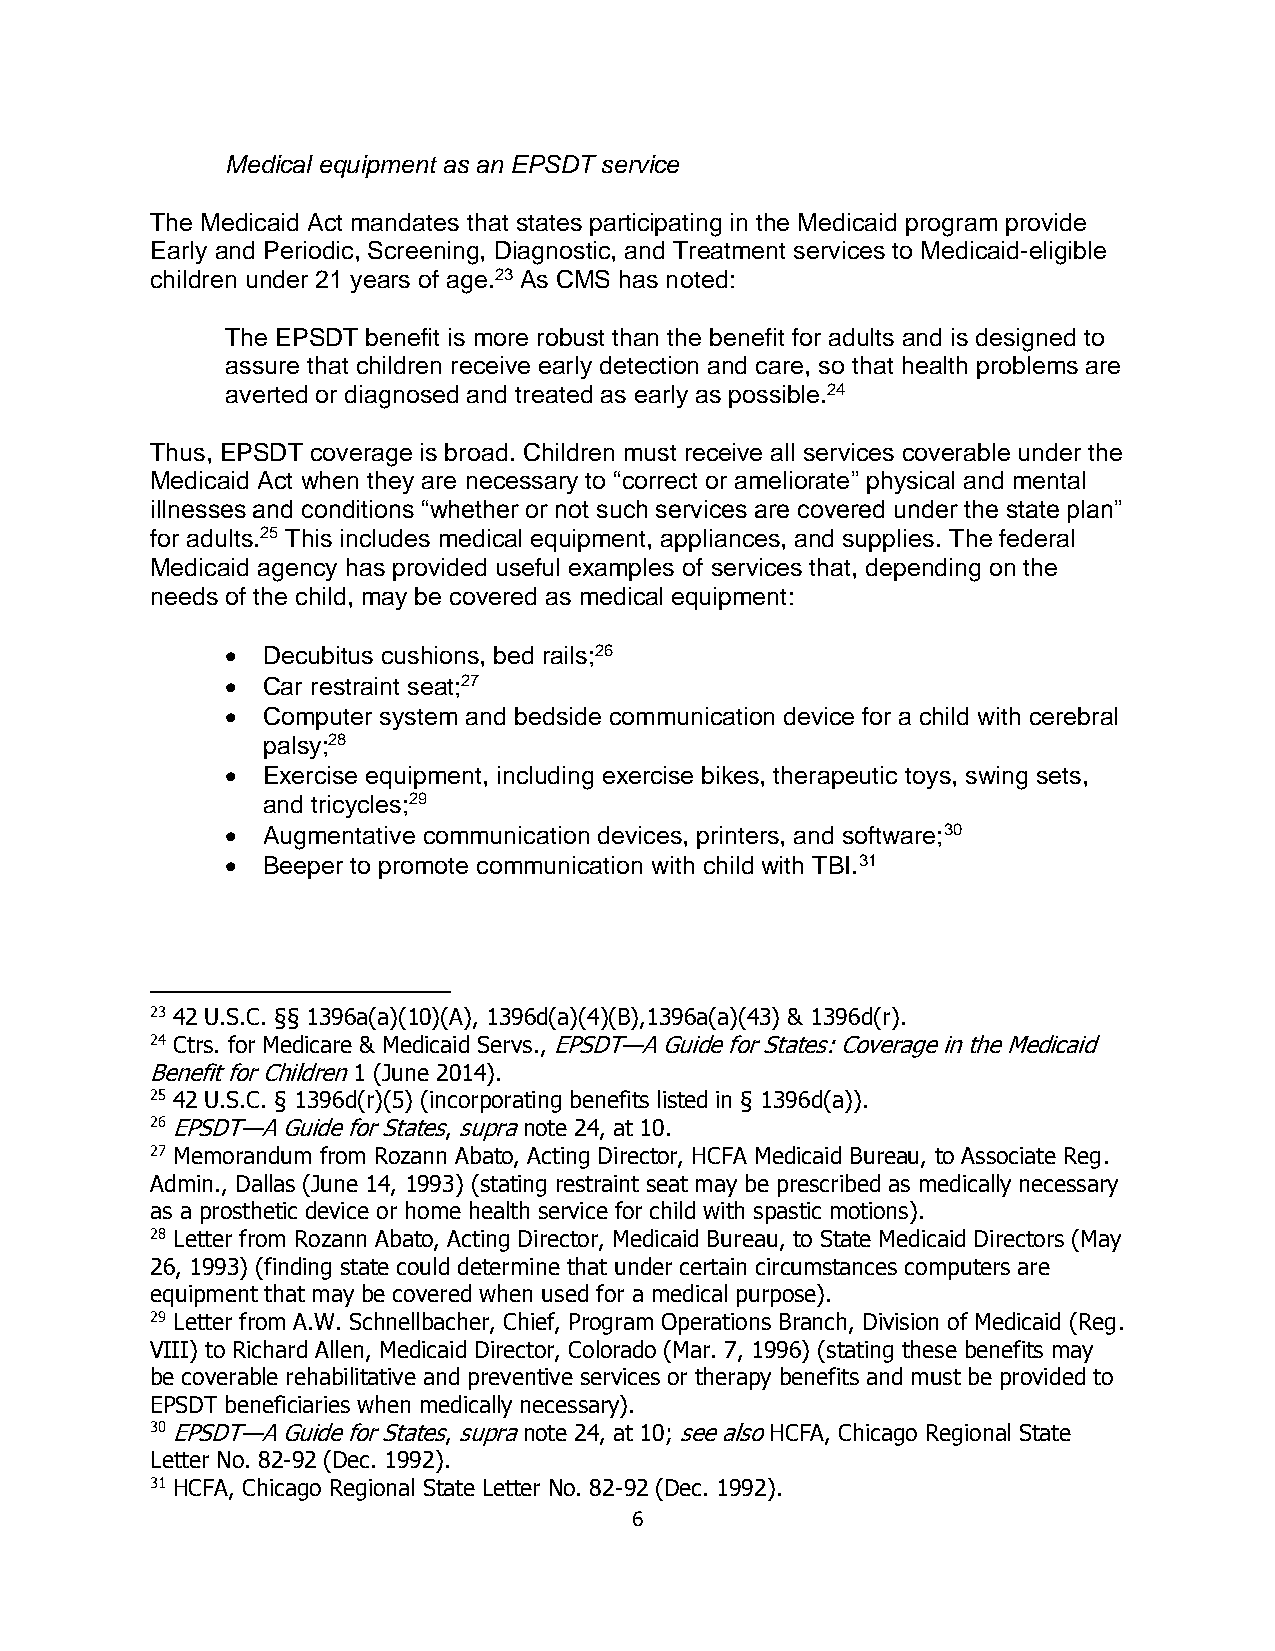
Medical equipment as an EPSDT service
 The Medicaid Act mandates that states participating in the Medicaid program provide
 Early and Periodic, Screening, Diagnostic, and Treatment services to Medicaid-eligible
 children under 21 years of age.23 As CMS has noted:
 The EPSDT benefit is more robust than the benefit for adults and is designed to
 assure that children receive early detection and care, so that health problems are
 averted or diagnosed and treated as early as possible.24
 Thus, EPSDT coverage is broad. Children must receive all services coverable under the
 Medicaid Act when they are necessary to “correct or ameliorate” physical and mental
 illnesses and conditions “whether or not such services are covered under the state plan”
 for adults.25 This includes medical equipment, appliances, and supplies. The federal
 Medicaid agency has provided useful examples of services that, depending on the
 needs of the child, may be covered as medical equipment:
  Decubitus cushions, bed rails;26
  Car restraint seat;27
  Computer system and bedside communication device for a child with cerebral
 palsy;28
  Exercise equipment, including exercise bikes, therapeutic toys, swing sets,
 and tricycles;29
  Augmentative communication devices, printers, and software;30
  Beeper to promote communication with child with TBI.31
 23 42 U.S.C. §§ 1396a(a)(10)(A), 1396d(a)(4)(B),1396a(a)(43) & 1396d(r).
 24 Ctrs. for Medicare & Medicaid Servs., EPSDT—A Guide for States: Coverage in the Medicaid
 Benefit for Children 1 (June 2014).
 25 42 U.S.C. § 1396d(r)(5) (incorporating benefits listed in § 1396d(a)).
 26 EPSDT—A Guide for States, supra note 24, at 10.
 27 Memorandum from Rozann Abato, Acting Director, HCFA Medicaid Bureau, to Associate Reg.
 Admin., Dallas (June 14, 1993) (stating restraint seat may be prescribed as medically necessary
 as a prosthetic device or home health service for child with spastic motions).
 28 Letter from Rozann Abato, Acting Director, Medicaid Bureau, to State Medicaid Directors (May
 26, 1993) (finding state could determine that under certain circumstances computers are
 equipment that may be covered when used for a medical purpose).
 29 Letter from A.W. Schnellbacher, Chief, Program Operations Branch, Division of Medicaid (Reg.
 VIII) to Richard Allen, Medicaid Director, Colorado (Mar. 7, 1996) (stating these benefits may
 be coverable rehabilitative and preventive services or therapy benefits and must be provided to
 EPSDT beneficiaries when medically necessary).
 30 EPSDT—A Guide for States, supra note 24, at 10; see also HCFA, Chicago Regional State
 Letter No. 82-92 (Dec. 1992).
 31 HCFA, Chicago Regional State Letter No. 82-92 (Dec. 1992).
 6